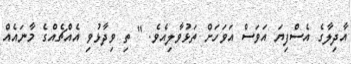
އާދިލާގެ އެސްފިޔަ އަވަސް އަވަހަށް ތަޅުވާލިއެވެ. " ތި ވިދާޅުވި އެއްޗެއްގެ މާނައެއް